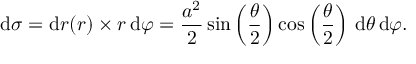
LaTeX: \mathrm { d } \sigma = \mathrm { d } r ( r ) \times r \, \mathrm { d } \varphi = { \frac { a ^ { 2 } } { 2 } } \sin \left( { \frac { \theta } { 2 } } \right) \cos \left( { \frac { \theta } { 2 } } \right) \, \mathrm { d } \theta \, \mathrm { d } \varphi .